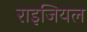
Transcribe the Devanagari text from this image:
राइजियल